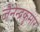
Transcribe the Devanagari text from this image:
जैनेन्द्रकुमार